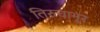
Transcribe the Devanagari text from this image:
तिरुचानूर